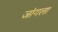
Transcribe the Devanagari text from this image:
जांगला